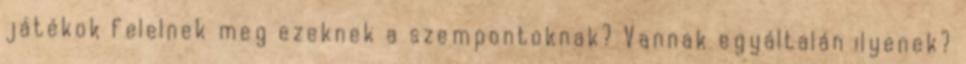
játékok felelnek meg ezeknek a szempontoknak? Vannak egyáltalán ilyenek?